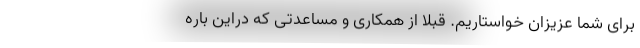
برای شما عزیزان خواستاریم. قبلا از همکاری و مساعدتی که دراین باره